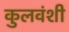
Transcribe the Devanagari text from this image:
कुलवंशी